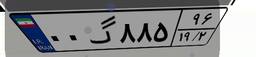
۰۰گ۸۸۵۹۶